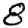
Digit: 8